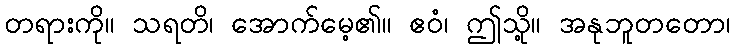
တရားကို။ သရတိ၊ အောက်မေ့၏။ ဧဝံ၊ ဤသို့။ အနုဘူတတော၊